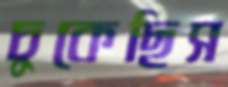
চুকেছিস